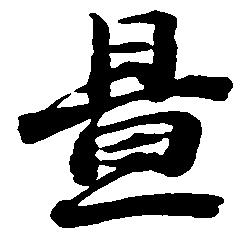
置